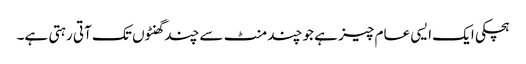
ہچکی ایک ایسی عام چیز ہے جو چند منٹ سے چند گھنٹوں تک آتی رہتی ہے۔